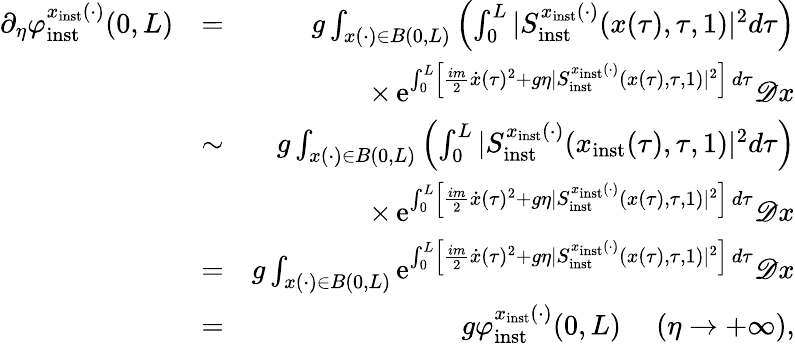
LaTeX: \begin{array}{rlr}{\partial_{\eta}\varphi_{\mathrm{inst}}^{x_{\mathrm{inst}}(\cdot)}(0,L)}&{=}&{g\int_{x(\cdot)\in B(0,L)}\left(\int_{0}^{L}\vert S_{\mathrm{inst}}^{x_{\mathrm{inst}}(\cdot)}(x(\tau),\tau,1)\vert^{2}d\tau\right)}\\ &{}&{\times\, \mathrm{e}^{\int_{0}^{L}\left\lbrack\frac{im}{2}\dot{x}(\tau)^{2}+g\eta\vert S_{\mathrm{inst}}^{x_{\mathrm{inst}}(\cdot)}(x(\tau),\tau,1)\vert^{2}\right\rbrack\, d\tau}\mathscr{D}x}\\ &{\sim}&{g\int_{x(\cdot)\in B(0,L)}\left(\int_{0}^{L}\vert S_{\mathrm{inst}}^{x_{\mathrm{inst}}(\cdot)}(x_{\mathrm{inst}}(\tau),\tau,1)\vert^{2}d\tau\right)}\\ &{}&{\times\, \mathrm{e}^{\int_{0}^{L}\left\lbrack\frac{im}{2}\dot{x}(\tau)^{2}+g\eta\vert S_{\mathrm{inst}}^{x_{\mathrm{inst}}(\cdot)}(x(\tau),\tau,1)\vert^{2}\right\rbrack\, d\tau}\mathscr{D}x}\\ &{=}&{g\int_{x(\cdot)\in B(0,L)}\mathrm{e}^{\int_{0}^{L}\left\lbrack\frac{im}{2}\dot{x}(\tau)^{2}+g\eta\vert S_{\mathrm{inst}}^{x_{\mathrm{inst}}(\cdot)}(x(\tau),\tau,1)\vert^{2}\right\rbrack\, d\tau}\mathscr{D}x}\\ &{=}&{g\varphi_{\mathrm{inst}}^{x_{\mathrm{inst}}(\cdot)}(0,L)\ \ \ \ \ (\eta\to+\infty),}\end{array}